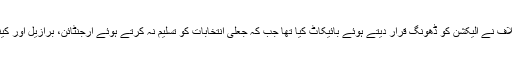
واضح رہے کہ وینزویلا میں ہونے والے صدارتی انتخابات میں حزب اختلاف نے الیکشن کو ڈھونگ قرار دیتے ہوئے بائیکاٹ کیا تھا جب کہ جعلی انتخابات کو تسلیم نہ کرتے ہوئے ارجنٹائن، برازیل اور کینیڈا سمیت 14 ممالک نے اپنے سفیروں کو وینزویلا سے واپس بلا لیا ہے۔